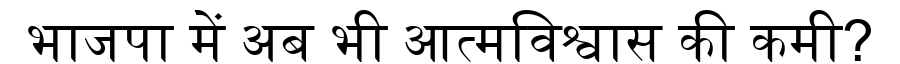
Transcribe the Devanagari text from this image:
भाजपा में अब भी आत्मविश्वास की कमी?